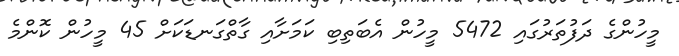
މީހުންގެ ދަފުތަރުގައި 5472 މީހުން އެބަތިބި ކަމަށާއި ގާތްގަނޑަކަށް 45 މީހުން ކޮންމެ